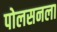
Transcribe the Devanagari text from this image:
पोलसनला